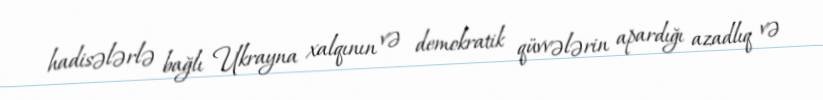
hadisələrlə bağlı Ukrayna xalqının və demokratik qüvvələrin apardığı azadlıq və